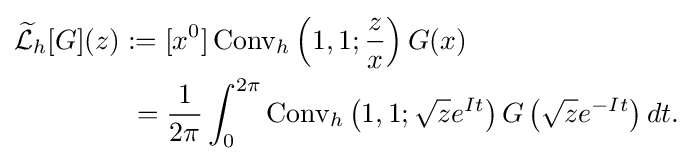
{\begin{aligned}{\widetilde {\mathcal {L}}}_{h}[G](z)&:=[x^{0}]\operatorname {Conv} _{h}\left(1,1;{\frac {z}{x}}\right)G(x)\\&\ ={\frac {1}{2\pi }}\int _{0}^{2\pi }\operatorname {Conv} _{h}\left(1,1;{\sqrt {z}}e^{It}\right)G\left({\sqrt {z}}e^{-It}\right)dt.\end{aligned}}